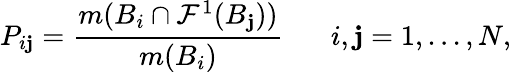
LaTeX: P_{i\mathbf{j}}=\frac{{m(B_{i}\cap\mathcal{{F}}^{1}(B_{\mathbf{j}}))}}{{m(B_{i})}}\; \; \; \; \; \; i,\mathbf{j}=1,...,N,